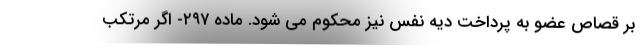
بر قصاص عضو به پرداخت دیه نفس نیز محکوم می شود. ماده ۲۹۷- اگر مرتکب